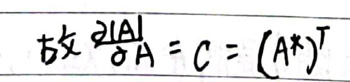
故\(\frac{2|A|}{|0A|}=C=(A^{*})^{T}\)